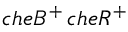
c h e B ^ { + } \, c h e R ^ { + }